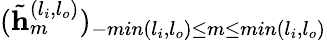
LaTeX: (\tilde{\mathbf{h}}_{m}^{(l_{i},l_{o})})_{-min(l_{i},l_{o})\le m\le min(l_{i},l_{o})}